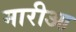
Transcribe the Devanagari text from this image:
मारीआ